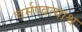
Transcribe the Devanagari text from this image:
चर्मण्वत्याश्व